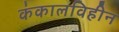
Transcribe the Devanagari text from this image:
कंकालविहीन